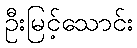
ဦးမြင့်သောင်း